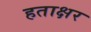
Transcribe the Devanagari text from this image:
हताक्षर